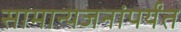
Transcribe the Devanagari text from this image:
सामान्यजनांपर्यंत